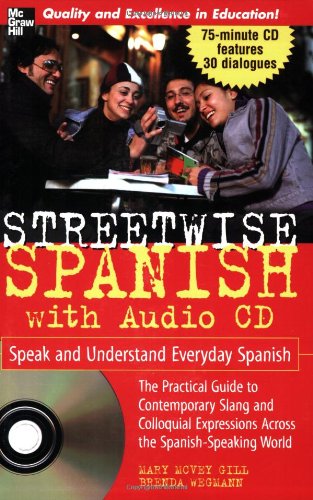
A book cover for Streetwise Spanish (Book + 1CD): Speak and Understand Colloquial Spanish (Streetwise (Mcgraw Hill)); Mary McVey Gill; Reference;